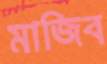
মাজিব